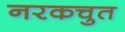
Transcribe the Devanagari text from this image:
नरकचुत